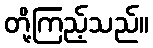
တို့ကြည့်သည်။